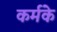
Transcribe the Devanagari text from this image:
कर्मके